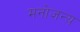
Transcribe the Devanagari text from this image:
मनोजन्य